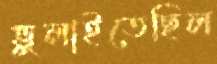
ভুলাইতেছিল